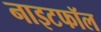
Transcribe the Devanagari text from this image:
नाइटफॉल